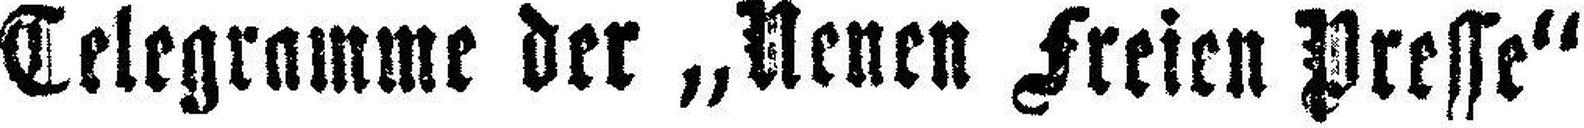
Telegramme der „Neuen Freien Presse“